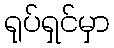
ရုပ်ရှင်မှာ